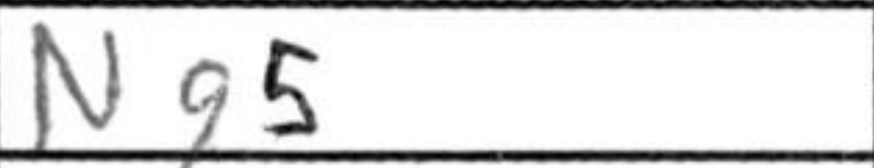
Transcription: Ng5